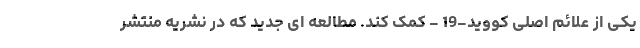
یکی از علائم اصلی کووید-19 - کمک کند. مطالعه ای جدید که در نشریه منتشر